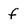
Character: f